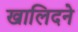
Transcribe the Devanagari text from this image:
खालिदने